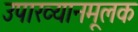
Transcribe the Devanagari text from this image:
उपाख्यानमूलक